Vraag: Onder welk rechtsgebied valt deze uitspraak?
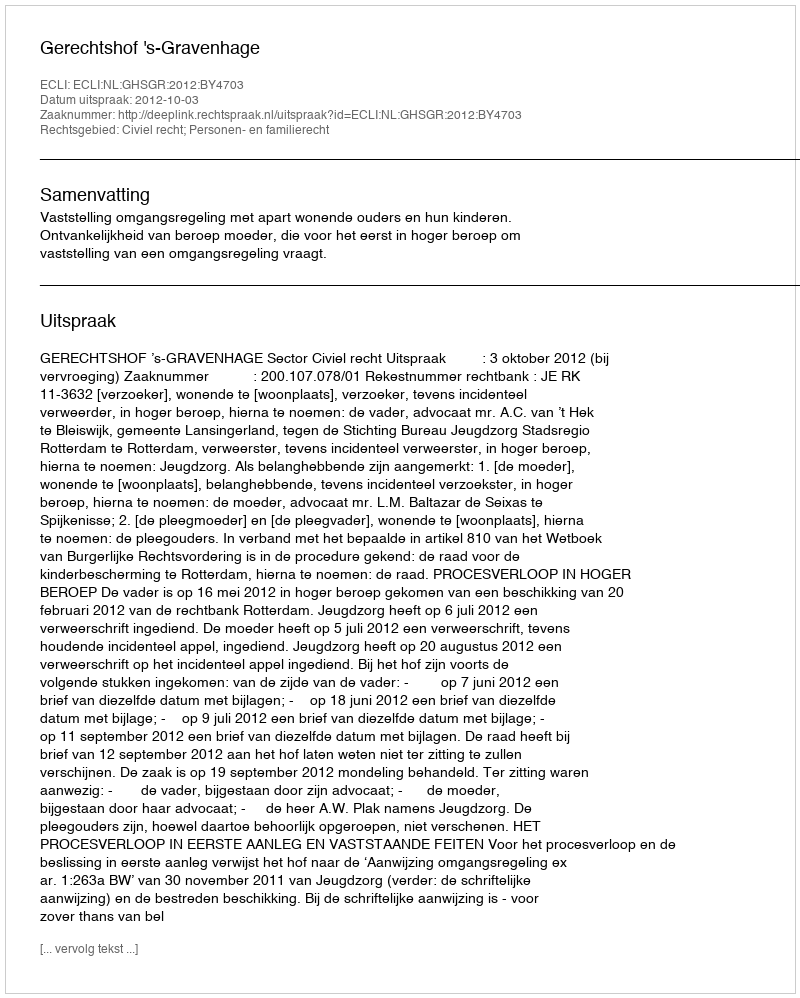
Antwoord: Civiel recht; Personen- en familierecht